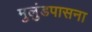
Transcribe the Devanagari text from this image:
मुलुंडपासना